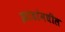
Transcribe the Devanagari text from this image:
झाडांमधील